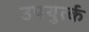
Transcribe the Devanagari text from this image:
उपयुर्त्क